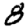
Digit: 8